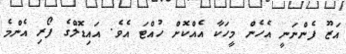
އަޒޫ ފެންނަނީ އެހެން މީހަކާ އެއްކޮށް ހުއްޓަ އެވެ. އައިޑޮލްގެ ފޯރި އެންމެ